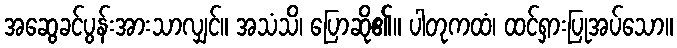
အဆွေခင်ပွန်းအားသာလျှင်။ အသံသိ၊ ပြောဆို၏။ ပါတုကထံ၊ ထင်ရှားပြုအပ်သော။